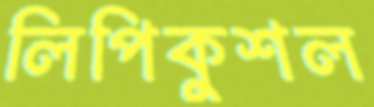
লিপিকুশল